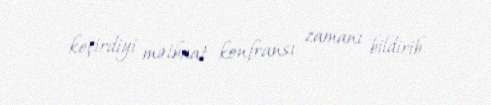
keçirdiyi mətbuat konfransı zamanı bildirib.